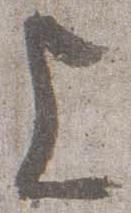
上